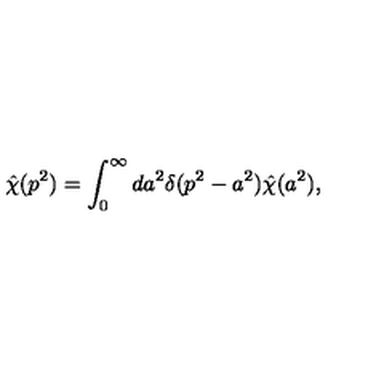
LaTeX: \hat { \chi } ( p ^ { 2 } ) = \int _ { 0 } ^ { \infty } d a ^ { 2 } \delta ( p ^ { 2 } - a ^ { 2 } ) \hat { \chi } ( a ^ { 2 } ) ,